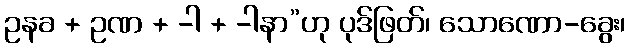
ဥနခ + ဥဏ + -ါ + -ါနာ”ဟု ပုဒ်ဖြတ်၊ သောဏော-ခွေး၊